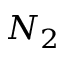
N _ { 2 }